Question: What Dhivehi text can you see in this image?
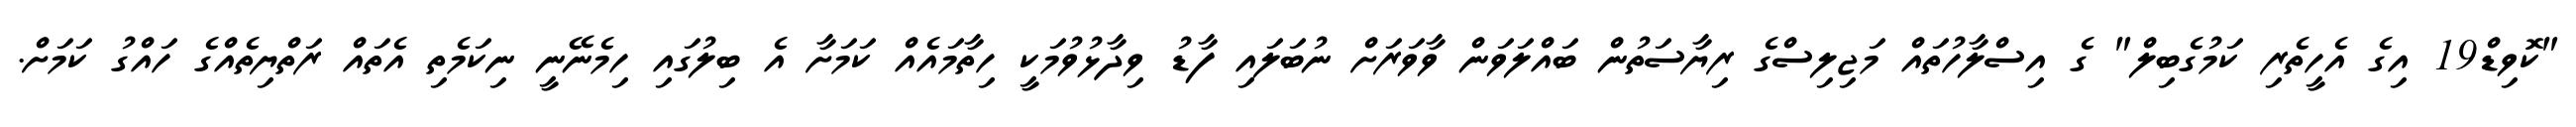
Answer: "ކޮވިޑް19 އިގެ އެހީތެރި ކަމުގެބިލް" ގެ އިސްލާހުތައް މަޖިލިސްގެ ރިޔާސަތުން ބައްލަވަން ވާވަރަށް ނުބަލައި ފާޑު ވިދާޅުވުމަކީ ހިތާމައެއް ކަމަށާ އެ ބިލުގައި ހިމެނޭނީ ނިކަމެތި އެތައް ރަތްޔިތެއްގެ ހައްގު ކަމަށް.